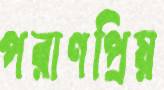
পরাণপ্রিয়